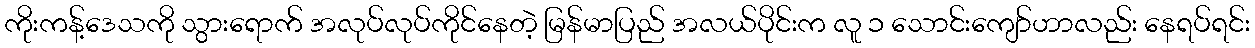
ကိုးကန့်ဒေသကို သွားရောက် အလုပ်လုပ်ကိုင်နေတဲ့ မြန်မာပြည် အလယ်ပိုင်းက လူ ၁ သောင်းကျော်ဟာလည်း နေရပ်ရင်း